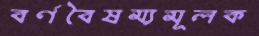
বর্ণবৈষম্যমূলক